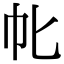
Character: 㠲